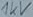
Text: 1KV